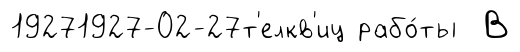
19271927-02-27т'елкв'иц рабо́ты В